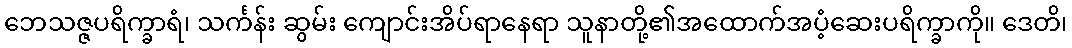
ဘေသဇ္ဇပရိက္ခာရံ၊ သင်္ကန်း ဆွမ်း ကျောင်းအိပ်ရာနေရာ သူနာတို့၏အထောက်အပံ့ဆေးပရိက္ခာကို။ ဒေတိ၊